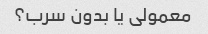
معمولی یا بدون سرب؟